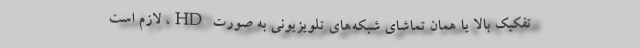
تفکیک بالا یا همان تماشای شبکه‌های تلویزیونی به صورت HD، لازم است